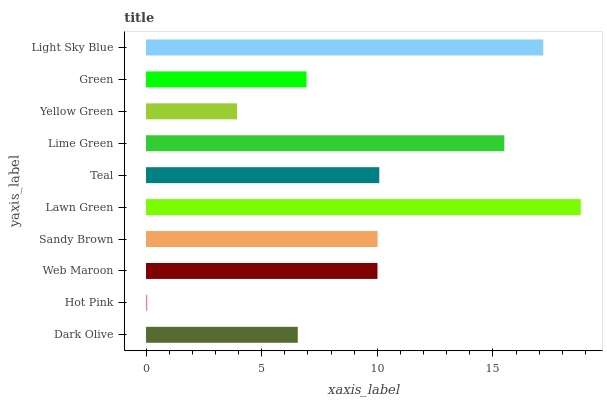
| yaxis_label | bars |
 | --- | --- |
 | Dark Olive | 6.56 |
 | Hot Pink | 0.0506 |
 | Web Maroon | 10 |
 | Sandy Brown | 10 |
 | Lawn Green | 18.8 |
 | Teal | 10.1 |
 | Lime Green | 15.5 |
 | Yellow Green | 3.94 |
 | Green | 6.94 |
 | Light Sky Blue | 17.2 |